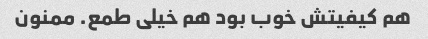
هم کیفیتش خوب بود هم خیلی طمع. ممنون